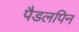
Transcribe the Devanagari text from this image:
पैडलपिन